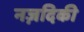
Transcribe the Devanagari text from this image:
नज़दिकी